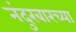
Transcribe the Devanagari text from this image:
नंदुरबारच्या